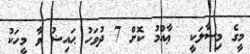
މީގެ މިސާލަކީ  ޢާއްމު ކޮށް 7 ދުވަހު ޙައިޟު ވާ މީހަކު